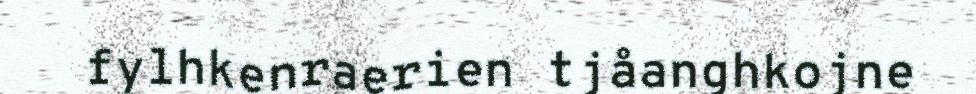
fylhkenraerien tjåanghkojne